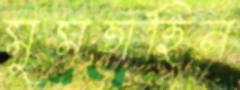
মুমতাহিন